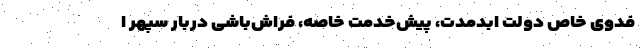
فدویِ خاصِ دولتِ ابدمدت، پیش‌خدمتِ خاصه، فراش‌باشیِ دربارِ سپهر ا